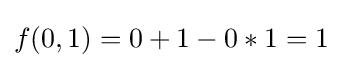
f(0,1)=0+1-0*1=1